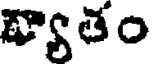
వ్యాతం